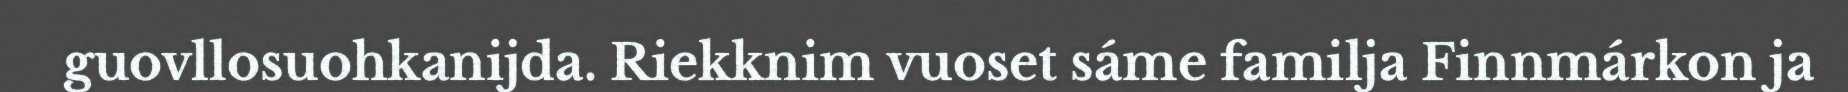
guovllosuohkanijda. Riekknim vuoset sáme familja Finnmárkon ja